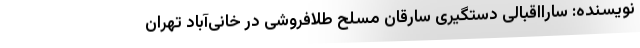
نویسنده: سارااقبالی دستگیری سارقان مسلح طلافروشی در خانی‌آباد تهران